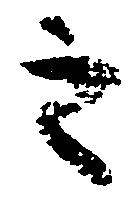
之